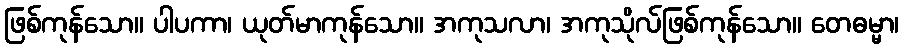
ဖြစ်ကုန်သော။ ပါပကာ၊ ယုတ်မာကုန်သော။ အကုသလာ၊ အကုသိုလ်ဖြစ်ကုန်သော။ တေဓမ္မာ၊